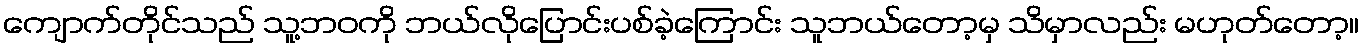
ကျောက်တိုင်သည် သူ့ဘဝကို ဘယ်လိုပြောင်းပစ်ခဲ့ကြောင်း သူဘယ်တော့မှ သိမှာလည်း မဟုတ်တော့။